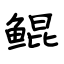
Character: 鲲